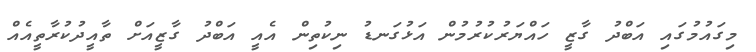
މިގައުމުގައި އަބްދު ގާޒީ ހައްޔަރުކުރުމުން އަޅުގަނޑު ނިކުތިން އެއީ އަބްދު ގާޒީއަށް ތާއީދުކުރާތީއެއް